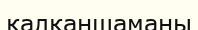
қалқаншамаңы